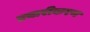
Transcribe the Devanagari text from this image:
प्रचारीकरण